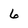
Character: 6